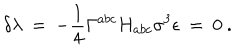
LaTeX: \delta \lambda \: = \: - \frac { 1 } { 4 } \Gamma ^ { a b c } H _ { a b c } \sigma ^ { 3 } \epsilon \: = \: 0 \ .